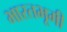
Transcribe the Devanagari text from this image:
भारतभूमी